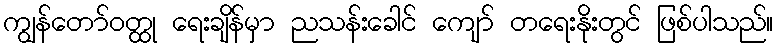
ကျွန်တော်ဝတ္ထု ရေးချိန်မှာ ညသန်းခေါင် ကျော် တရေးနိုးတွင် ဖြစ်ပါသည်။